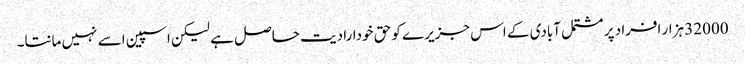
32000 ہزار افراد پر مشتمل آبادی کے اس جزیرے کو حق خودارادیت حاصل ہے لیکن اسپین اسے نہیں مانتا۔